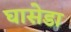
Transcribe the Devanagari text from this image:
घासेडा